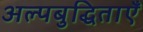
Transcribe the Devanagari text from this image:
अल्पबुद्धिताएँ